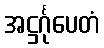
အဋ္ဌင်္ဂုပေတံ